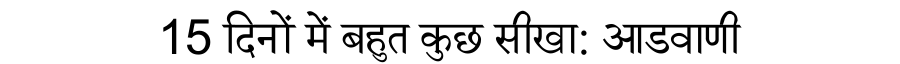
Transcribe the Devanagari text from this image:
15 दिनों में बहुत कुछ सीखा: आडवाणी